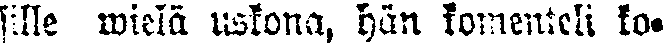
sille wielä uskona, hän komenteli ko-